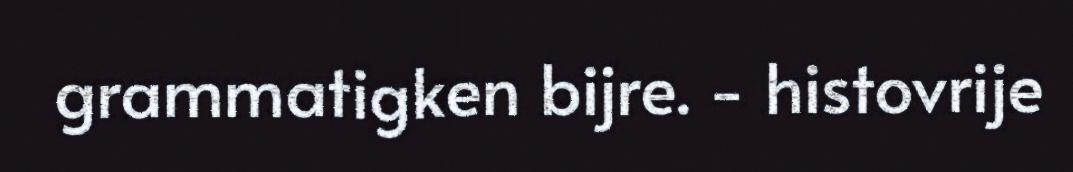
grammatigken bijre. - histovrije